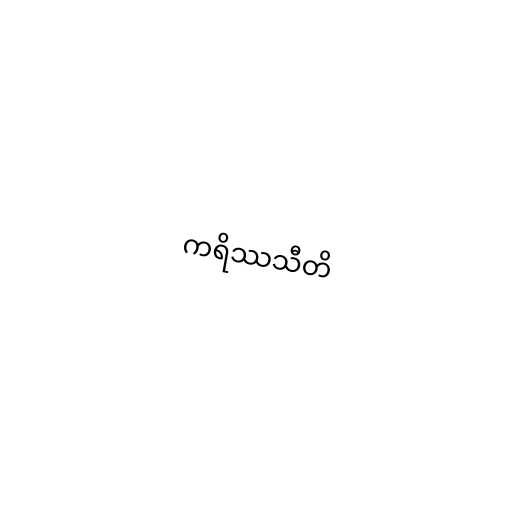
ကရိဿသီတိ